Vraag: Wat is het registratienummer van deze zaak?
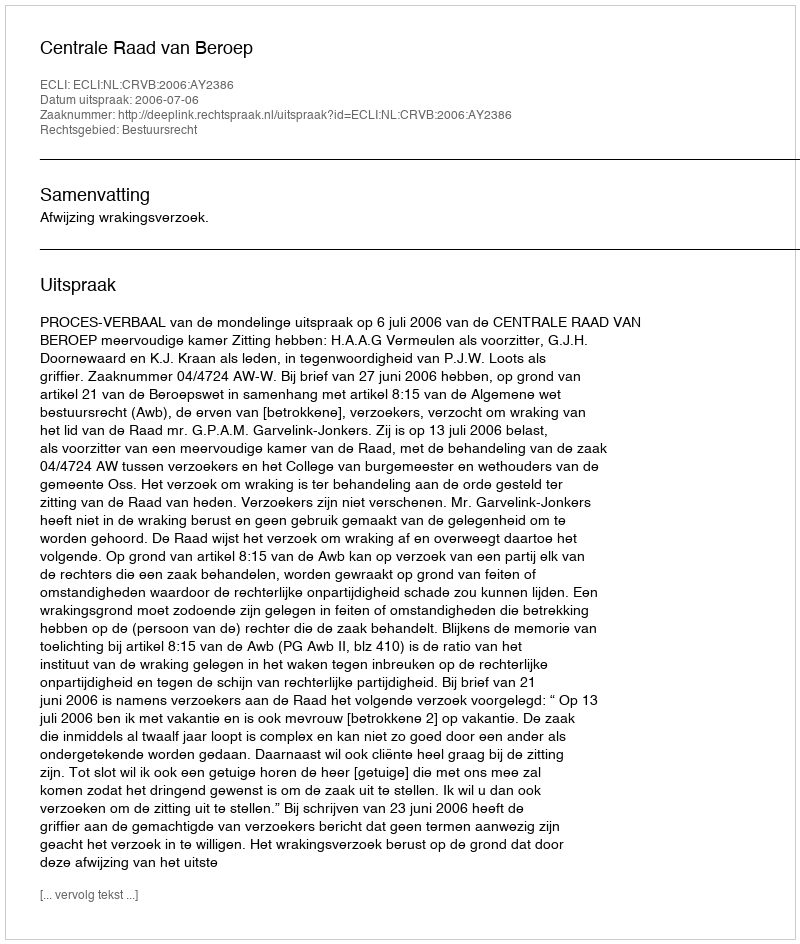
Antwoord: http://deeplink.rechtspraak.nl/uitspraak?id=ECLI:NL:CRVB:2006:AY2386